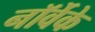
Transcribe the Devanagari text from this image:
नॉर्वेके